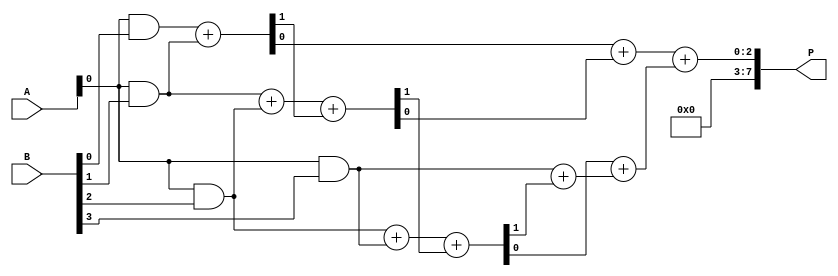
module WallaceTreeMultiplier #(parameter N = 4) (
    input  wire [N-1:0] A,
    input  wire [N-1:0] B,
    output wire [2*N-1:0] P
);

    // Partial product generation
    wire [N-1:0] pp [0:N-1]; // Partial products
    genvar i, j;
    
    generate
        for (i = 0; i < N; i = i + 1) begin : gen_pp
            assign pp[i] = A & {N{B[i]}};
        end
    endgenerate

    // Reduction tree
    wire [N-1:0] sum [0:2*N-1]; // Sums
    wire [N-1:0] carry [0:2*N-1]; // Carries

    // Stage 1: Combine partial products using HAs and FAs
    generate
        for (i = 0; i < N; i = i + 1) begin : stage1
            if (i == 0) begin
                assign {carry[0][i], sum[0][i]} = pp[0][i] + pp[1][i];
            end else if (i < N-1) begin
                assign {carry[0][i], sum[0][i]} = pp[i][0] + pp[i+1][0] + carry[0][i-1];
            end else begin
                assign sum[0][i] = pp[i][0] + carry[0][i-1];
                assign carry[0][i] = 0;
            end
        end
    endgenerate

    // Stage 2: Further reduction
    generate
        for (i = 0; i < N/2; i = i + 1) begin : stage2
            assign {carry[1][i], sum[1][i]} = sum[0][2*i] + sum[0][2*i+1];
        end
    endgenerate

    // Final addition
    wire [2*N-1:0] final_sum;
    wire final_carry;
    
    assign final_sum = {carry[1][0], sum[1][0]} + {carry[1][1], sum[1][1]};

    assign P = final_sum;

endmodule